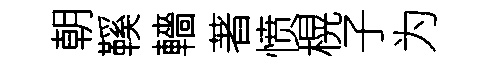
朝鞵轖著愤榥子为